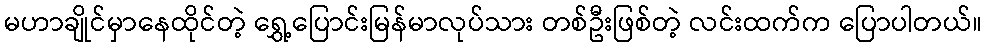
မဟာချိုင်မှာနေထိုင်တဲ့ ရွှေ့ပြောင်းမြန်မာလုပ်သား တစ်ဦးဖြစ်တဲ့ လင်းထက်က ပြောပါတယ်။